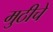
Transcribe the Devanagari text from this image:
मुठीचे